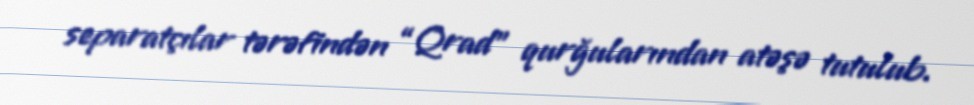
separatçılar tərəfindən “Qrad” qurğularından atəşə tutulub.